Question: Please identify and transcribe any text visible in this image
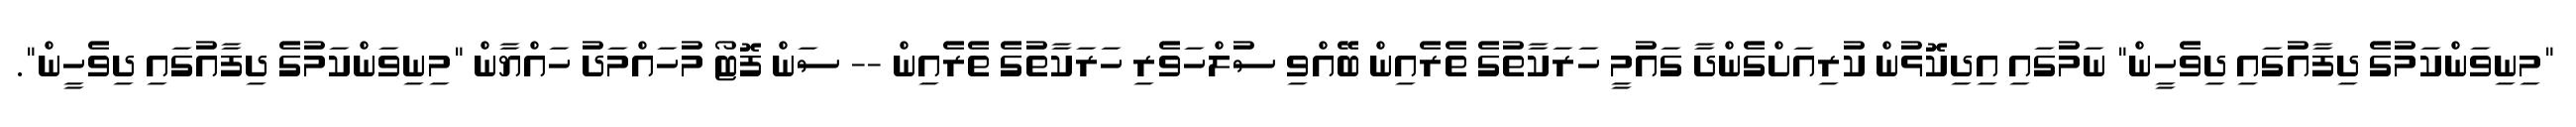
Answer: "މިނިވަންކަމުގެ ދިފާއުގައި ދިވެހީން" ނަމުގައި އިދިކޮޅުން ކުރިއަށްގެންދާ ގައުމީ ހަރަކާތުގެ ތެރެއިން ބޭއްވި ސުލްހަވެރި ހަރަކާތުގެ ތެރެއިން -- ސަން ފޮޓޯ މުހައްމަދު ހައްޔާން "މިނިވަންކަމުގެ ދިފާއުގައި ދިވެހީން".